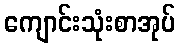
ကျောင်းသုံးစာအုပ်